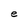
Character: e